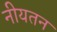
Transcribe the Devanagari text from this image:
नीयतन